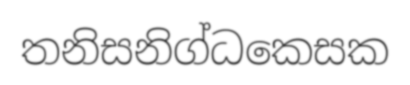
තනිසනිග්ධකෙසක